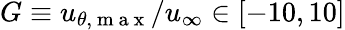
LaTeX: G\equiv u_{\theta,\mathrm{~m~a~x~}}/u_{\infty}\in[-10,10]